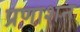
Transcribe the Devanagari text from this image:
प्रणाशन